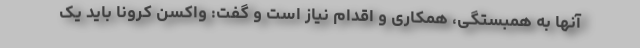
آنها به همبستگی، همکاری و اقدام نیاز است و گفت: واکسن کرونا باید یک